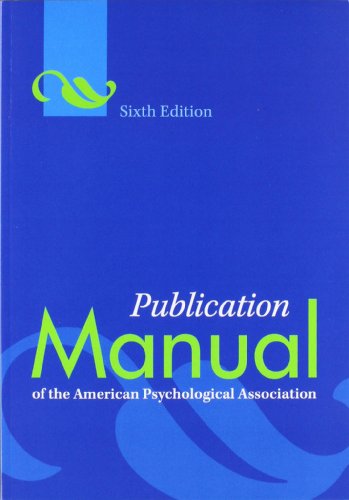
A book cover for Publication Manual of the American Psychological Association, 6th Edition; American Psychological Association; Medical Books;